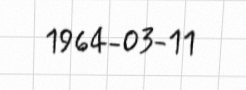
1964-03-11